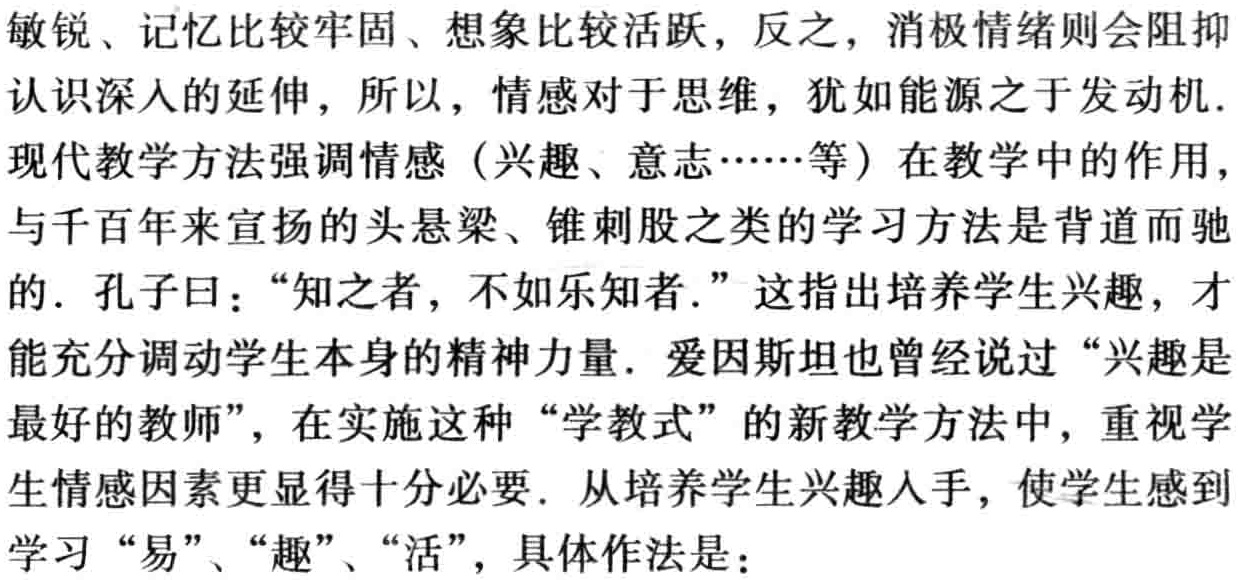
敏锐、记忆比较牢固、想象比较活跃，反之，消极情绪则会阻抑认识深入的延伸，所以，情感对于思维，犹如能源之于发动机. 现代教学方法强调情感（兴趣、意志……等）在教学中的作用，与千百年来宣扬的头悬梁、锥刺股之类的学习方法是背道而驰的. 孔子曰：“知之者，不如乐知者.”这指出培养学生兴趣，才能充分调动学生本身的精神力量. 爱因斯坦也曾经说过“兴趣是最好的教师”，在实施这种“学教式”的新教学方法中，重视学生情感因素更显得十分必要. 从培养学生兴趣入手，使学生感到学习“易”、“趣”、“活”，具体作法是：